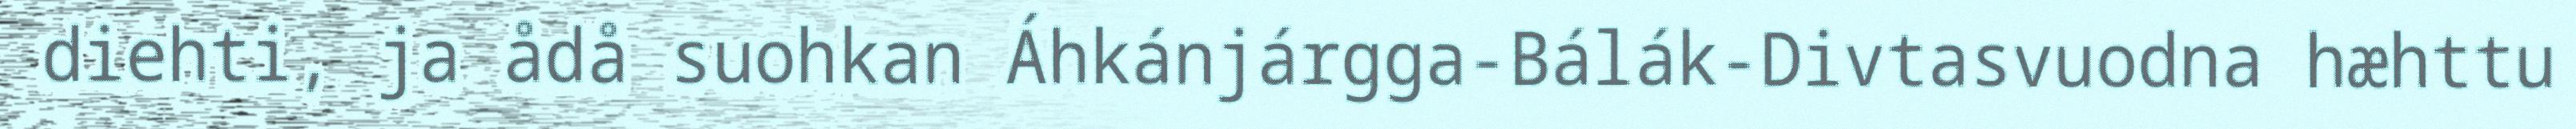
diehti, ja ådå suohkan Áhkánjárgga-Bálák-Divtasvuodna hæhttu